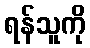
ရန်သူကို